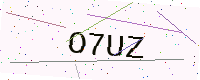
Text: O7UZ